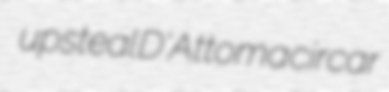
upsteal D'Attoma circar